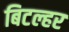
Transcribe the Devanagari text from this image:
बिटल्हर